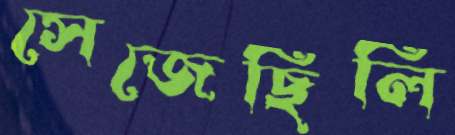
সেজেছিলি